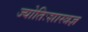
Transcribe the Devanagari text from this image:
ज्योतिःशास्त्रज्ञ